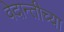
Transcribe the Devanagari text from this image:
वेदान्तीच्या